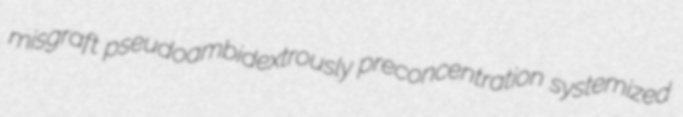
misgraft pseudoambidextrously preconcentration systemized